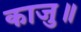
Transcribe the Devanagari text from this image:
काजु॥